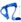
Text: R